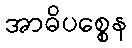
အာဓိပစ္စေန